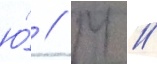
ю́ // М //